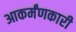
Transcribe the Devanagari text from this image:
आकर्मंणकारी